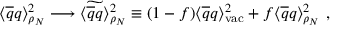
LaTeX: \langle \overline { { { q } } } q \rangle _ { \rho _ { N } } ^ { 2 } \longrightarrow \langle \widetilde { \overline { { { q } } } q } \rangle _ { \rho _ { N } } ^ { 2 } \equiv ( 1 - f ) \langle \overline { { { q } } } q \rangle _ { \mathrm { v a c } } ^ { 2 } + f \langle \overline { { { q } } } q \rangle _ { \rho _ { N } } ^ { 2 } \ ,